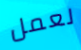
لعمل